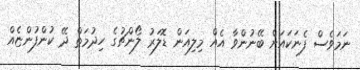
ނަމަވެސް ފެނަކައަށް ބޭނުންވާ އެއް މިލިއަން ޑޮލަރު ލޯންޗުގެ ހިދުމަތް ދޭ ކުންފުންޏެއް